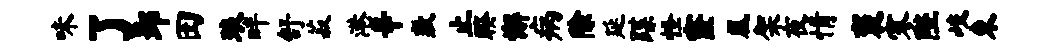
味了郢田琅畔舒菽港辛敷止睽懈病除延蹀怪窿凰架夜情褒寥陛岐束